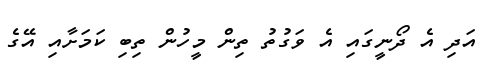
އަދި އެ ދޯނީގައި އެ ވަގުތު ތިން މީހުން ތިބި ކަމަށާއި އޭގެ